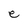
Character: e